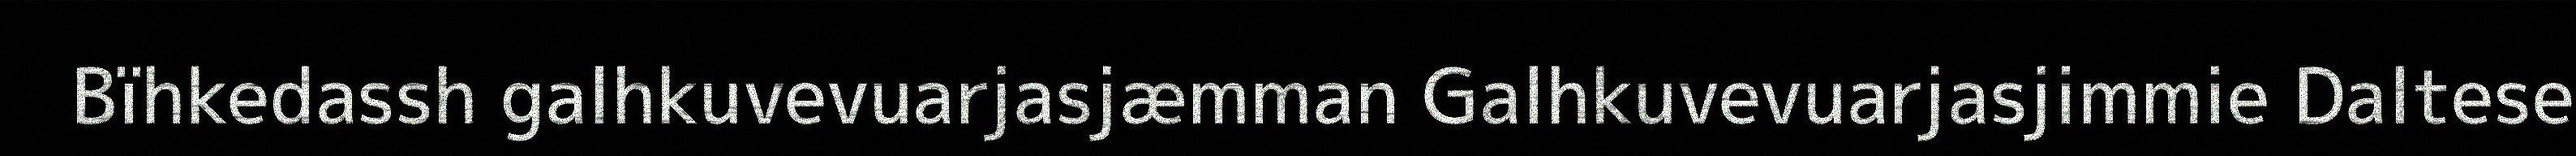
Bïhkedassh galhkuvevuarjasjæmman Galhkuvevuarjasjimmie Daltese